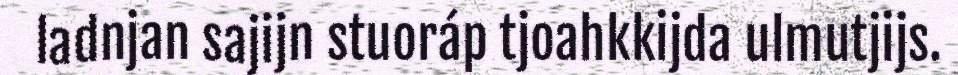
ladnjan sajijn stuoráp tjoahkkijda ulmutjijs.